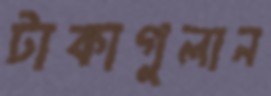
টাকাগুলান